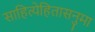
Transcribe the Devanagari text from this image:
साहित्येहितासनुमा